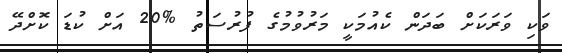
ވަކި ވަރަކަށް ބަދަން ކެއުމަކީ މަރުވުމުގެ ފުރުސަތު %20 އަށް ކުޑަ ކޮށްދޭ